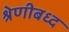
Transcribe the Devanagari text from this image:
श्रेणीबध्द